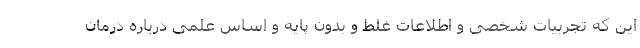
این که تجربیات شخصی و اطلاعات غلط و بدون پایه و اساس علمی درباره درمان